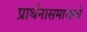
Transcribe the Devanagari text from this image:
प्रार्थनासमाजाचे